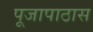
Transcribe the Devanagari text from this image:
पूजापाठास